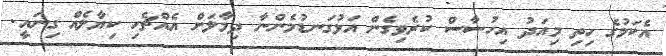
އެކަމުގެ ހިތި މިއަދު އިހުސާސް ކުރެވިގެން އަޅުގަނޑުމެންނާ ދިމާލަށް އެއްޗެހި ކިޔާލެއް ގިނައީ.